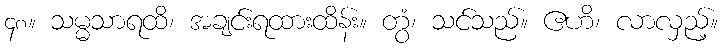
၄၈။ သမ္မသာရထိ၊ အချင်းရထားထိန်း။ တွံ၊ သင်သည်။ ဧဟိ၊ လာလှည့်။